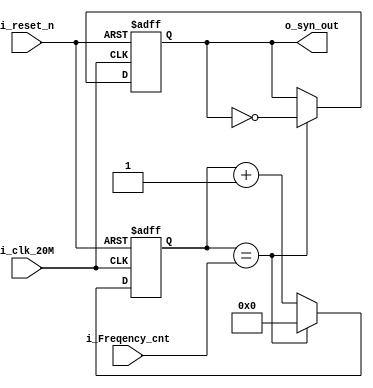
`timescale 1ns / 1ps
//////////////////////////////////////////////////////////////////////////////////
// Company: 
// Engineer: 
// 
// Design Name: 
// Module Name:    Carrier_Syn_gen 
// Project Name: 
// Target Devices: 
// Tool versions: 
// Description: 
//
// Dependencies: 
//
// Revision: 
// Revision 0.01 - File Created
// Additional Comments: 
//
//////////////////////////////////////////////////////////////////////////////////
module Carrier_Syn_gen(
                      input i_clk_20M,
							 input i_reset_n,
							 input [15:0]i_Freqency_cnt,
							 output o_syn_out
                       );

reg [15:0] syn_cnt;
reg syn_out;

assign o_syn_out = syn_out;

always @ ( posedge i_clk_20M or negedge i_reset_n )
  begin
    if (!i_reset_n)
	   begin
		  syn_out <= 1'b1;
		  syn_cnt <= 16'd0;
		end
	 else
	   begin
		  if (syn_cnt==i_Freqency_cnt)
		    begin
			   syn_cnt <= 16'd0;
				syn_out <= ~ syn_out;
			 end
		  else
		    begin
			   syn_cnt <= syn_cnt + 16'd1;
			 end
		end
  end	
endmodule